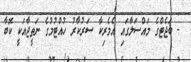
- ބަޖެޓްގެ މައްސަލާގައި އެމެރިކާ ސަރުކާރު ހުއްޓުމުގެ ނަތީޖާއަކީ ކޮބާ